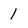
Character: 1